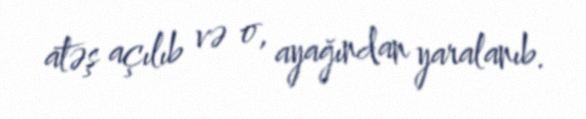
atəş açılıb və o, ayağından yaralanıb.